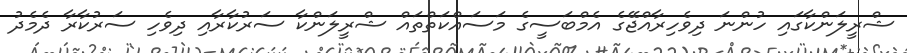
ޝްރީލަންކާގައި ހުންނަ ދިވެހިރާއްޖޭގެ އެމްބަސީގެ މަސައްކަތްތައް ޝްރީލަންކާ ސަރުކާރާއި ދިވެހި ސަރުކާރާ ދެމެދު